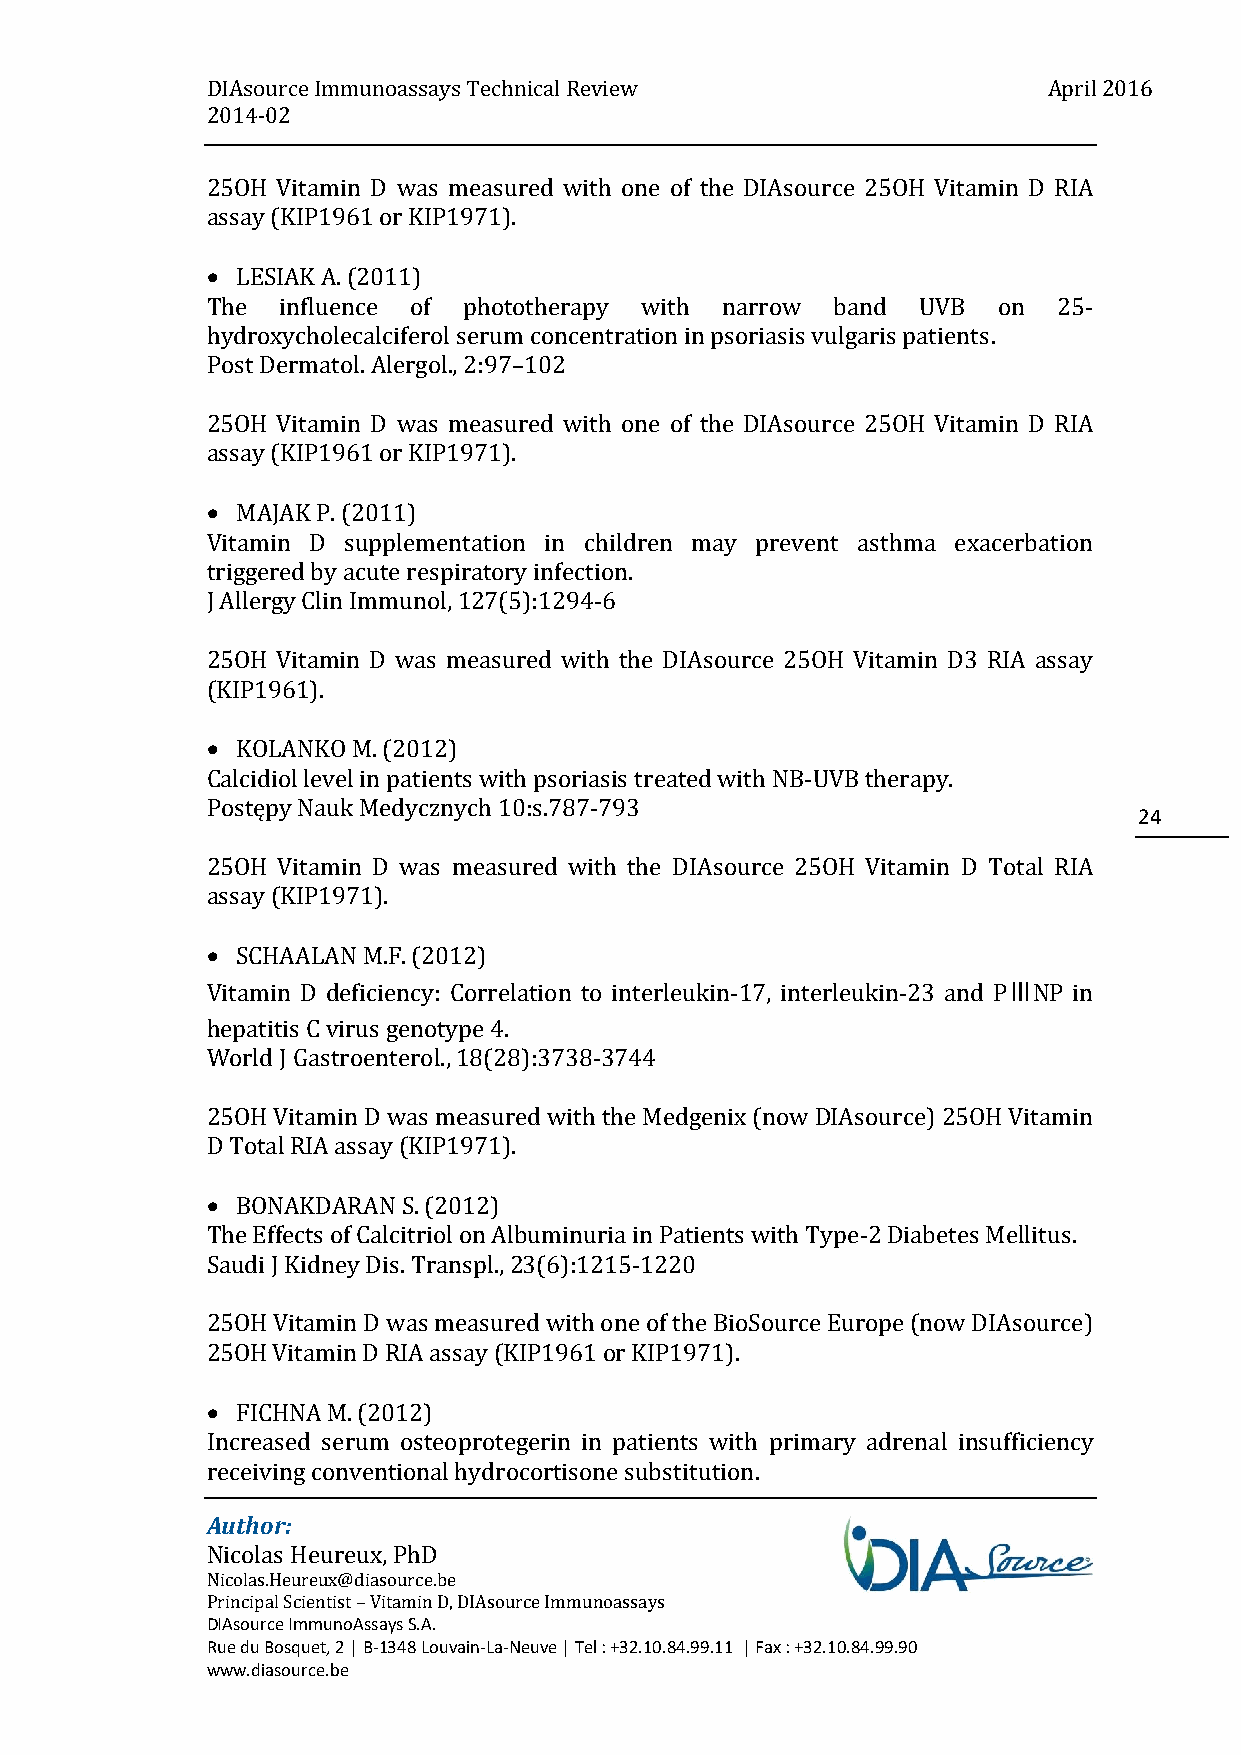
DIAsource Immunoassays Technical Review                April 2016
 2014-02
 25OH Vitamin D was measured with one of the DIAsource 25OH Vitamin D RIA
 assay (KIP1961 or KIP1971).
  LESIAK A. (2011)
 The  influence of phototherapy with narrow band UVB on  25-
 hydroxycholecalciferol serum concentration in psoriasis vulgaris patients.
 Post Dermatol. Alergol., 2:97–102
 25OH Vitamin D was measured with one of the DIAsource 25OH Vitamin D RIA
 assay (KIP1961 or KIP1971).
  MAJAK P. (2011)
 Vitamin D supplementation in children may prevent asthma exacerbation
 triggered by acute respiratory infection.
 J Allergy Clin Immunol, 127(5):1294-6
 25OH Vitamin D was measured with the DIAsource 25OH Vitamin D3 RIA assay
 (KIP1961).
  KOLANKO M. (2012)
 Calcidiol level in patients with psoriasis treated with NB-UVB therapy.
 Postępy Nauk Medycznych 10:s.787-793
 24
 25OH Vitamin D was measured with the DIAsource 25OH Vitamin D Total RIA
 assay (KIP1971).
  SCHAALAN M.F. (2012)
 Vitamin D deficiency: Correlation to interleukin-17, interleukin-23 and PⅢNP in
 hepatitis C virus genotype 4.
 World J Gastroenterol., 18(28):3738-3744
 25OH Vitamin D was measured with the Medgenix (now DIAsource) 25OH Vitamin
 D Total RIA assay (KIP1971).
  BONAKDARAN S. (2012)
 The Effects of Calcitriol on Albuminuria in Patients with Type-2 Diabetes Mellitus.
 Saudi J Kidney Dis. Transpl., 23(6):1215-1220
 25OH Vitamin D was measured with one of the BioSource Europe (now DIAsource)
 25OH Vitamin D RIA assay (KIP1961 or KIP1971).
  FICHNA M. (2012)
 Increased serum osteoprotegerin in patients with primary adrenal insufficiency
 receiving conventional hydrocortisone substitution.
 Author:
 Nicolas Heureux, PhD
 Nicolas.Heureux@diasource.be
 Principal Scientist – Vitamin D, DIAsource Immunoassays
 DIAsource ImmunoAssays S.A.
 Rue du Bosquet, 2 | B-1348 Louvain-La-Neuve | Tel : +32.10.84.99.11 | Fax : +32.10.84.99.90
 www.diasource.be